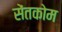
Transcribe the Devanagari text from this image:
सेंतकोम